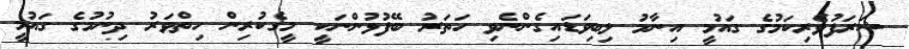
ޝަރަފުވެރިކަމުގެ ގައުމީ އިނާމު ލިބިވަޑައިގެންނެވި ހަތަރު ބޭފުޅުންނަކީ މީގެކުރިން ހިތްވަރު ދިނުމުގެ ގައުމީ